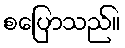
စပြောသည်။